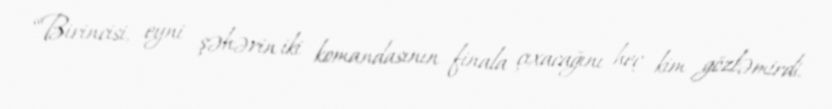
“Birincisi, eyni şəhərin iki komandasının finala çıxacağını heç kim gözləmirdi.